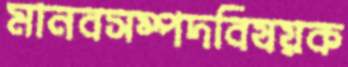
মানবসম্পদবিষয়ক